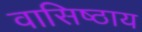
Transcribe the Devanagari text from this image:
वासिष्ठाय